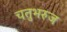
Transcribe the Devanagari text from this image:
चतुभरुज